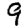
Digit: 9